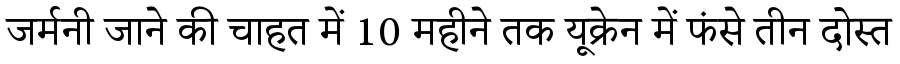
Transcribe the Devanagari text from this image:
जर्मनी जाने की चाहत में 10 महीने तक यूक्रेन में फंसे तीन दोस्त